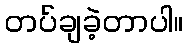
တပ်ချခဲ့တာပါ။